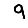
Digit: 9